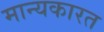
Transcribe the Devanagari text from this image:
मान्यकारत